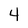
Character: 4